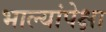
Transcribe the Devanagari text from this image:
भाल्यांपेक्षा